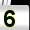
Digit: 5